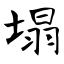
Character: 塌